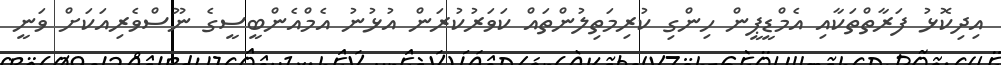
އިދިކޮޅު ފަރާތްތަކާއި އެމްޑީޕީން ހިންގި ކުރިމަތިލުންތައް ކަވަރުކުރަން އުޅުނު އެމްއެންބީސީގެ ނޫސްވެރިއަކަށް ވަނީ